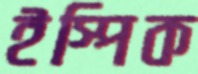
ইস্পিক